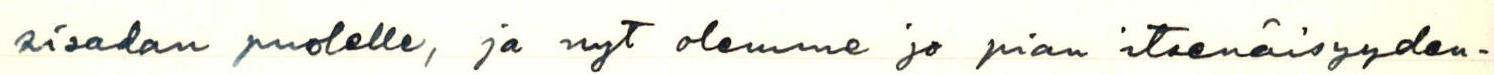
sisadan puolelle, ja nyt olemme jo pian itsenäisyyden-